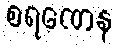
စရဏေန